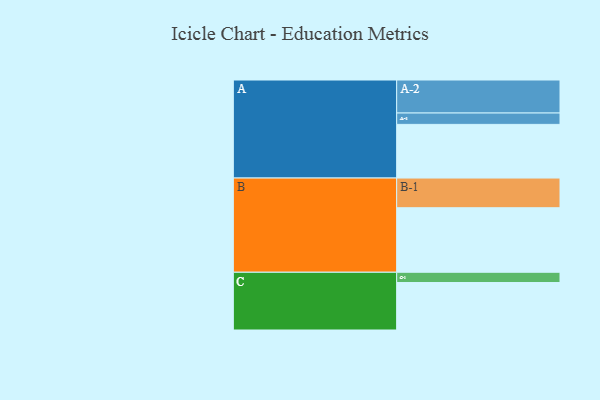
{"axis": {"x": "Segment", "y": "Value"}, "legend": ["", "A", "B", "C"], "data": [{"x": "A", "y": 434, "type": ""}, {"x": "B", "y": 522, "type": ""}, {"x": "C", "y": 384, "type": ""}, {"x": "A-1", "y": 92, "type": "A"}, {"x": "A-2", "y": 267, "type": "A"}, {"x": "B-1", "y": 240, "type": "B"}, {"x": "C-1", "y": 83, "type": "C"}]}